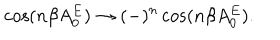
LaTeX: \cos ( n \beta A _ { 0 } ^ { E } ) \to ( - ) ^ { n } \cos ( n \beta A _ { 0 } ^ { E } ) .